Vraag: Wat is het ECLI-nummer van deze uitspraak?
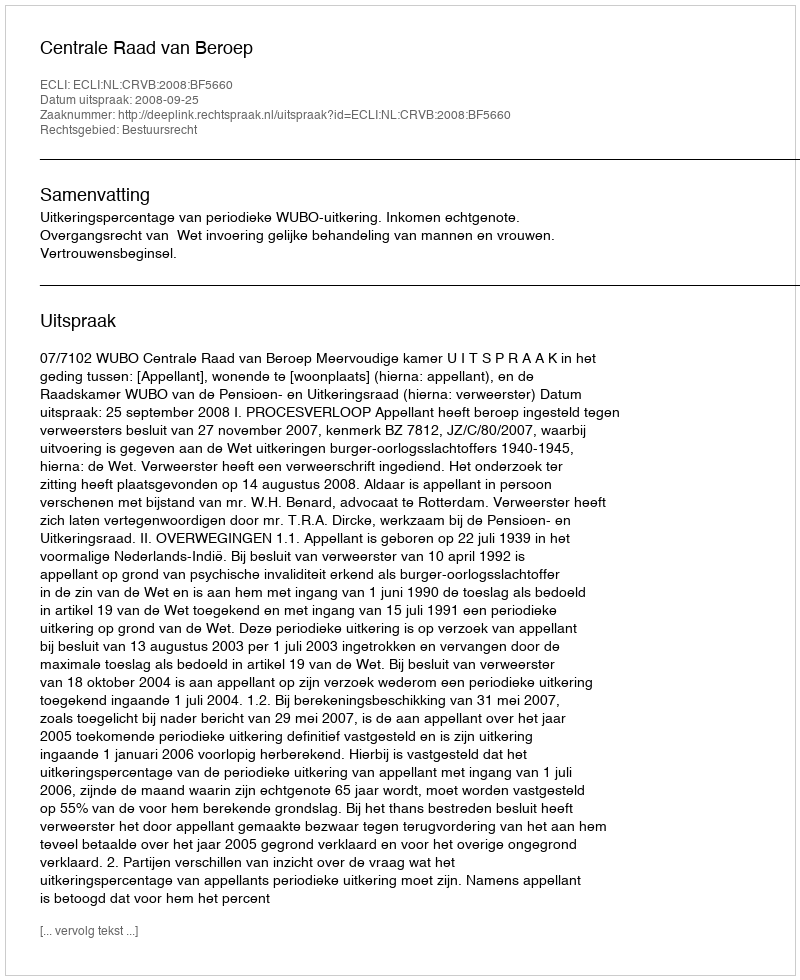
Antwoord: ECLI:NL:CRVB:2008:BF5660